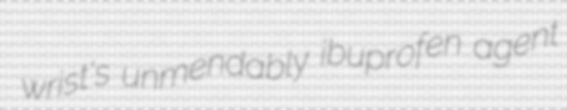
wrist's unmendably ibuprofen agent